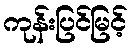
ကုန်းပြင်မြင့်